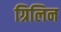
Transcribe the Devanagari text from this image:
ग्रिलिन